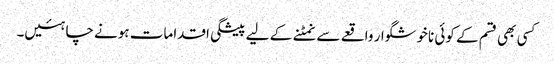
کسی بھی قسم کے کوئی ناخوشگوار واقعے سے نمٹنے کے لیے پیشگی اقدامات ہونے چاہئیں۔